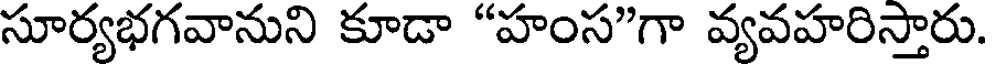
సూర్యభగవానుని కూడా "హంస"గా వ్యవహరిస్తారు.